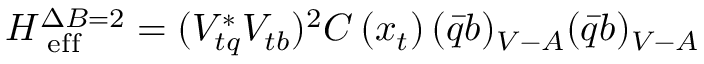
{ \cal H } _ { \mathrm { \scriptsize ~ e f f } } ^ { \Delta B = 2 } = ( V _ { t q } ^ { * } V _ { t b } ) ^ { 2 } C \left( x _ { t } \right) ( \bar { q } b ) _ { V - A } ( \bar { q } b ) _ { V - A }